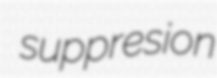
suppresion